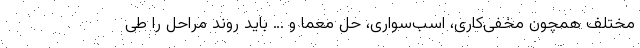
مختلف همچون مخفی‌کاری، اسب‌سواری، حل معما و … باید روند مراحل را طی